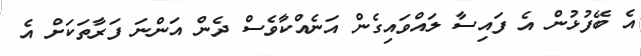
އެ ބޭފުޅުން އެ ފައިސާ ލައްވައިގެން އަނެއްކާވެސް ދެން އަންނަ ފަރާތަކަށް އެ